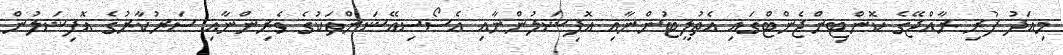
މިއަދު ފުރި ރާއްޖޭގެ ކޮންޓިންޖެންޓްގައި އެތުލީޓުންނާއި އޮފިޝަލުންނާއި އެސޯސިއޭޝަންތަކުގެ ވެރިންނާއި ސަރުކާރުގެ އޮފިޝަލުން